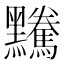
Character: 𪒿